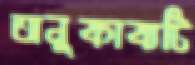
অনুকাব্যটি